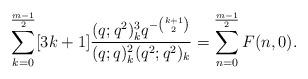
LaTeX: \begin{align*}\sum_{k=0}^{\frac{m-1}{2}}[3k+1]\frac{(q;q^2)_k^3 q^{-{k+1\choose 2} } }{(q;q)_k^2 (q^2;q^2)_k}=\sum_{n=0}^{\frac{m-1}{2}}F(n,0). \end{align*}